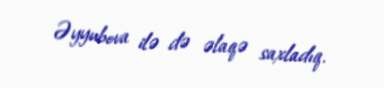
Əyyubova ilə də əlaqə saxladıq.